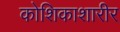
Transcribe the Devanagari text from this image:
कोशिकाशारीर